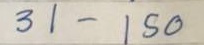
31 - 150